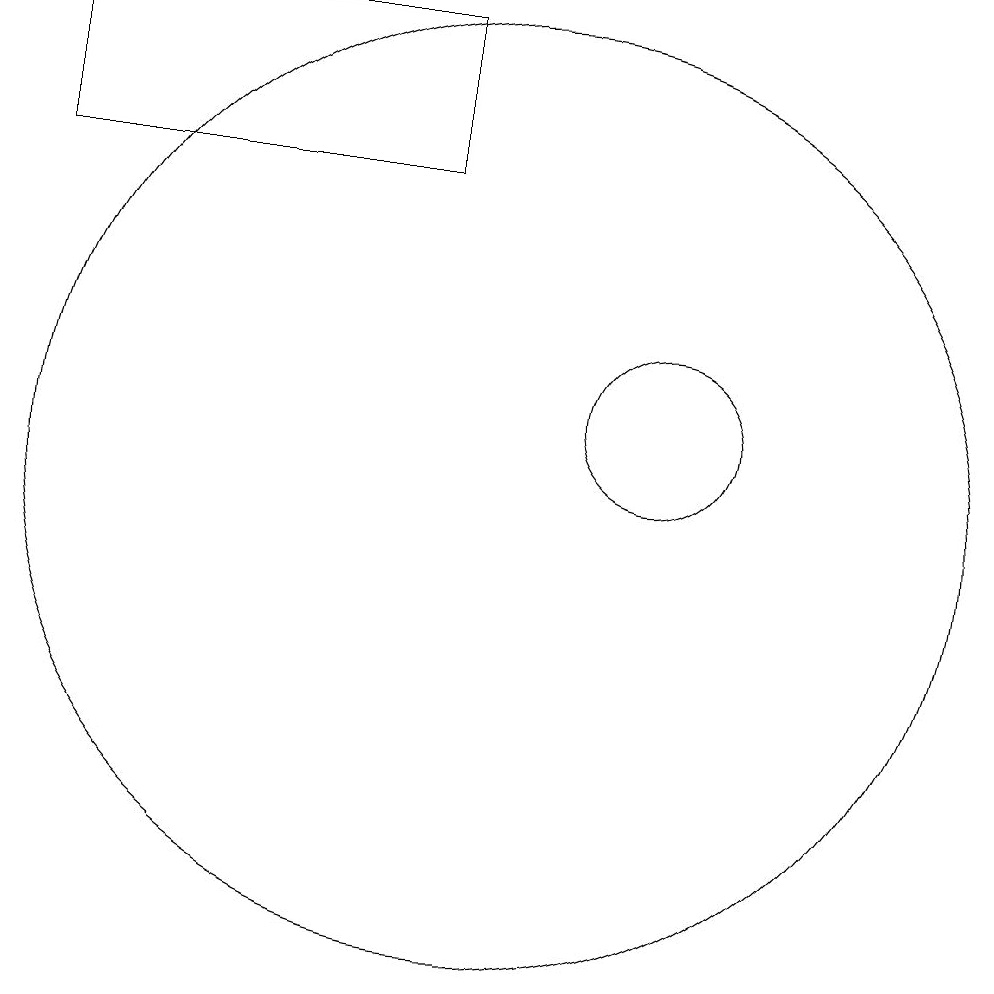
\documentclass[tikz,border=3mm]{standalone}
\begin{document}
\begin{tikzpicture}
\draw (12,11) circle (1);
\draw (4,14) rectangle (9,16);
\draw (10,10) circle (6);
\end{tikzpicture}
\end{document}